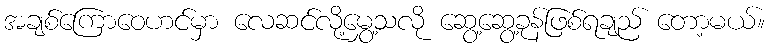
အချစ်ကြောဝေဟင်မှာ လေဆင်လို့မွှေ့သလို ဆွေ့ဆွေ့ခုန်ဖြစ်ရချည် တော့မယ်။